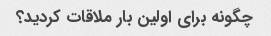
چگونه برای اولین بار ملاقات کردید؟